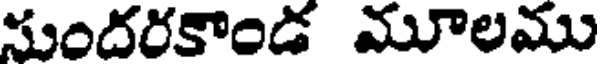
సందరకాండ మూలము